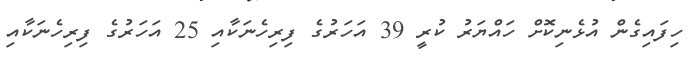
ހިފައިގެން އުޅެނިކޮށް ހައްޔަރު ކުރީ 39 އަހަރުގެ ފިރިހެނަކާއި 25 އަހަރުގެ ފިރިހެނަކާއި